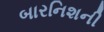
બારનિશની